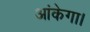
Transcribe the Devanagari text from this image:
आंकेगा।